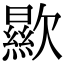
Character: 歞